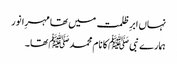
نہاں ابرِ ظلمت میں تھا مہرِا نور
ہمارے نبی ﷺ کا نام محمد ﷺ تھا ۔